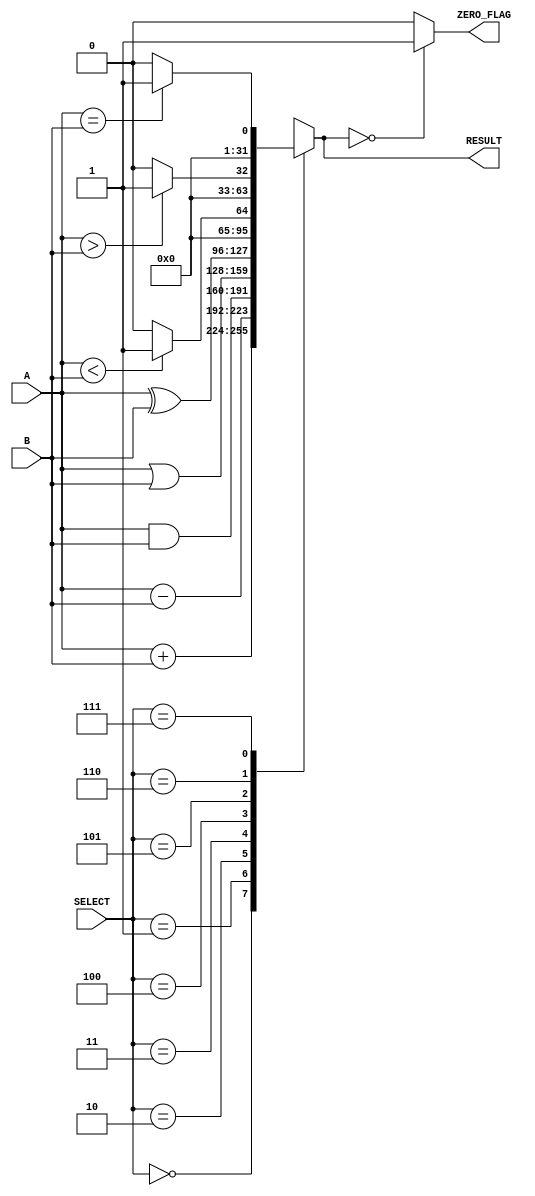
module parameterized_alu #(
    parameter DATA_WIDTH = 32,
    parameter OPERATION_SET = 3 // 3 bits to select 8 operations
)(
    input  [DATA_WIDTH-1:0] A,      // Operand A
    input  [DATA_WIDTH-1:0] B,      // Operand B
    input  [OPERATION_SET-1:0] SELECT, // Operation select
    output reg [DATA_WIDTH-1:0] RESULT, // Result of the operation
    output reg ZERO_FLAG            // Zero flag
);

// Define operation codes
localparam ADD      = 3'b000;
localparam SUBTRACT = 3'b001;
localparam AND      = 3'b010;
localparam OR       = 3'b011;
localparam XOR      = 3'b100;
localparam LESS_THAN = 3'b101;
localparam GREATER_THAN = 3'b110;
localparam EQUAL    = 3'b111;

// Combinational logic for ALU operations
always @(*) begin
    case (SELECT)
        ADD:      RESULT = A + B;
        SUBTRACT: RESULT = A - B;
        AND:      RESULT = A & B;
        OR:       RESULT = A | B;
        XOR:      RESULT = A ^ B;
        LESS_THAN: RESULT = (A < B) ? 1 : 0;
        GREATER_THAN: RESULT = (A > B) ? 1 : 0;
        EQUAL:    RESULT = (A == B) ? 1 : 0;
        default:  RESULT = 0; // Default case
    endcase

    // Zero flag logic
    ZERO_FLAG = (RESULT == 0) ? 1'b1 : 1'b0;
end

endmodule